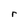
Character: r